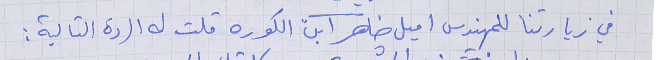
في زيارتنا للمهندس اميل ضاهر ابن الكوره قلت له الردة التالية :